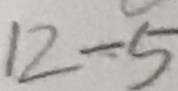
1 2 - 5